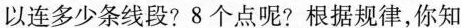
以连多少条线段？8个点呢？根据规律，你知